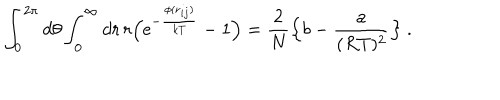
\int _ { 0 } ^ { 2 \pi } d \theta \int _ { 0 } ^ { \infty } d r \, r \Bigl ( \mathrm { e } ^ { - { \frac { \phi ( { \bf r } _ { i j } ) } { k T } } } - 1 \Bigr ) = { \frac { 2 } { N } } \Bigl \{ b - { \frac { a } { ( R T ) ^ { 2 } } } \Bigr \} \ .